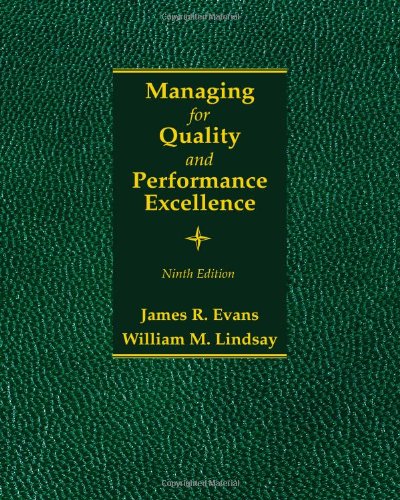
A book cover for Managing for Quality and Performance Excellence; James R. Evans; Business & Money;